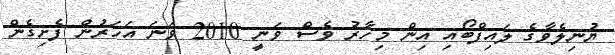
ޔުނިލެވާގެ ލައިފްބޯއި އިން މިހާރު ވެސް ވަނީ 2010 ވަނަ އަހަރުން ފެށިގެން